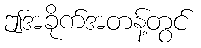
ဤအခိုက်အတန့်တွင်